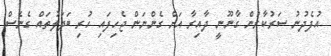
އުފެދުނު ސަރުކާރުން ގާނޫނީ ދާއިރާ އަށް ގެންނަން ޖެހިފައި ހުރި ބަދަލުތައް ގެނެސް